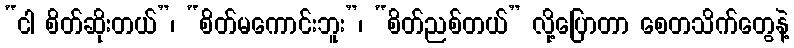
“ငါ စိတ်ဆိုးတယ်”၊ “စိတ်မကောင်းဘူး”၊ “စိတ်ညစ်တယ်” လို့ပြောတာ စေတသိက်တွေနဲ့